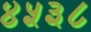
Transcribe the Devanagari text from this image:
४५३८